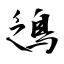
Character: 鴔